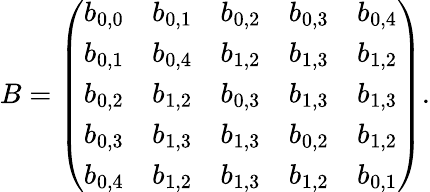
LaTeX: B=\left(\begin{array}{lllll}{b_{0,0}}&{b_{0,1}}&{b_{0,2}}&{b_{0,3}}&{b_{0,4}}\\ {b_{0,1}}&{b_{0,4}}&{b_{1,2}}&{b_{1,3}}&{b_{1,2}}\\ {b_{0,2}}&{b_{1,2}}&{b_{0,3}}&{b_{1,3}}&{b_{1,3}}\\ {b_{0,3}}&{b_{1,3}}&{b_{1,3}}&{b_{0,2}}&{b_{1,2}}\\ {b_{0,4}}&{b_{1,2}}&{b_{1,3}}&{b_{1,2}}&{b_{0,1}}\end{array}\right).